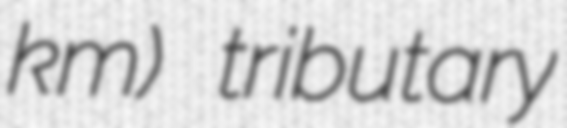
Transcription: km) tributary